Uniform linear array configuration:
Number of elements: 16
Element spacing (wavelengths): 0.25
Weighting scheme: hamming
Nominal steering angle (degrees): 60
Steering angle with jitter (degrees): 60.872
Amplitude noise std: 0.05
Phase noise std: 0.05

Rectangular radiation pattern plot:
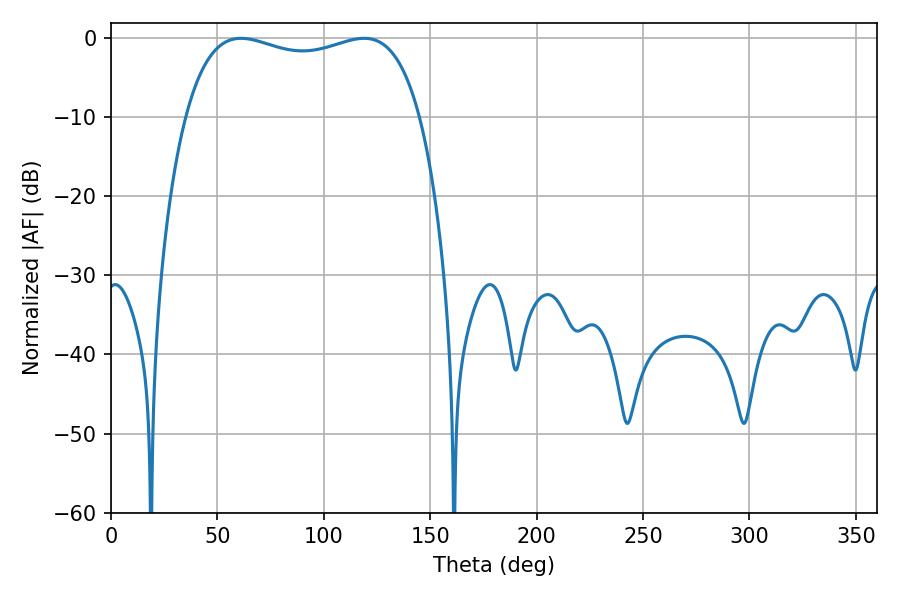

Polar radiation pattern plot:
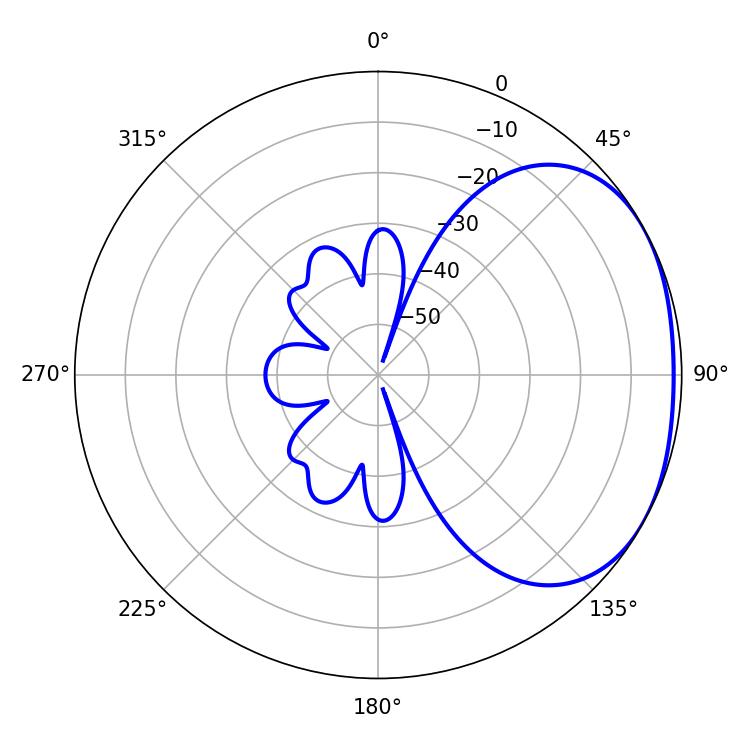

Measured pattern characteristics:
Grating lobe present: FALSE
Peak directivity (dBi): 2.061
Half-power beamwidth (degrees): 90
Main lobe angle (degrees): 61.02